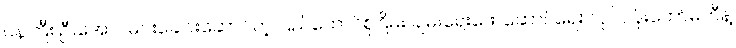
၀န်ကြီး ဦးအောင်မင်းခေါင်းဆောင်တဲ့ ပြည်ထောင်စုငြိမ်း ချမ်းရေးဖော်ဆောင်ရေး လုပ်ငန်းကော်မတီနဲ့